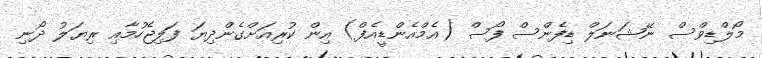
މޯލްޑިވްސް ނޭޝަނަލް ޑިފެންސް ފޯސް (އެމްއެންޑީއެފް) އިން ކުރިއަށްގެންދިޔަ ފަލިޖެހުމާއި ރިޔަލު ދޯނި